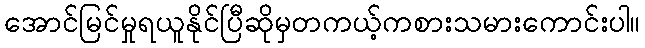
အောင်မြင်မှုရယူနိုင်ပြီဆိုမှတကယ့်ကစားသမားကောင်းပါ။